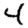
Digit: 4